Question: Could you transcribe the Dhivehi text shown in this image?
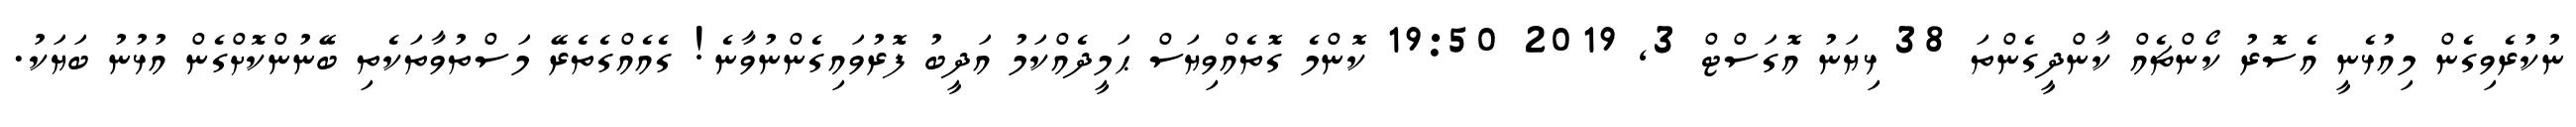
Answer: ނުކުރެވިގެން މިއުޅެނީ އެސޮރު ކޯންޗެއް ކާންދީގެންތަ 38 ޅިޔަނު އޮގަސްޓް 3, 2019 19:50 ކޮންމެ ގޮތެއްވިޔަސް ޙަމީދެއްކަމު އަދީބު ފޮރުވައިގެންނުވާނެ! ގެއެއްގެތެރޭ މަސްތުވާތަކެތި ބޭނުންކޮށްގެން އުޅުނު ބަޔަކު.